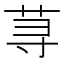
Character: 荨